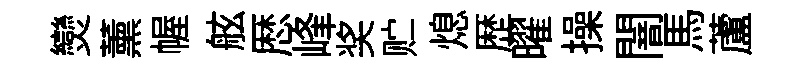
𤓖薰幄舷厯峰奖贮熄歴曜操闇馬蘆